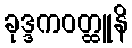
ခုဒ္ဒကဝတ္ထူနိ